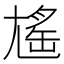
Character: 𡰃